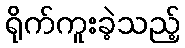
ရိုက်ကူးခဲ့သည့်